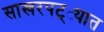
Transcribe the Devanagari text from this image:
साखरपट्ट्यात